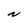
Character: N